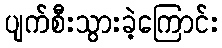
ပျက်စီးသွားခဲ့ကြောင်း